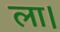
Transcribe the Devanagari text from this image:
ला।